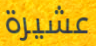
عشيرة